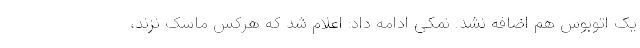
یک اتوبوس هم اضافه نشد. نمکی ادامه داد: اعلام شد که هرکس ماسک نزند،